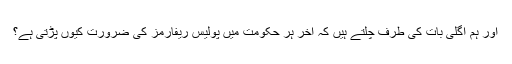
اور ہم اگلی بات کی طرف چلتے ہیں کہ آخر ہر حکومت میں پولیس ریفارمز کی ضرورت کیوں پڑتی ہے؟